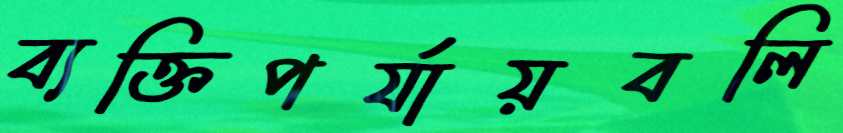
ব্যক্তিপর্যায়বলি